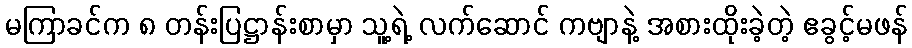
မကြာခင်က ၈ တန်းပြဋ္ဌာန်းစာမှာ သူ့ရဲ့ လက်ဆောင် ကဗျာနဲ့ အစားထိုးခဲ့တဲ့ ဧခွင့်မဖန်